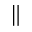
\|